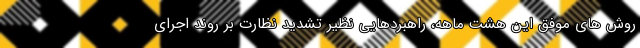
روش های موفق این هشت ماهه، راهبردهایی نظیر تشدید نظارت بر روند اجرای